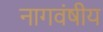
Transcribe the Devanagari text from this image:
नागवंषीय